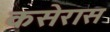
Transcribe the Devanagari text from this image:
कसेरास